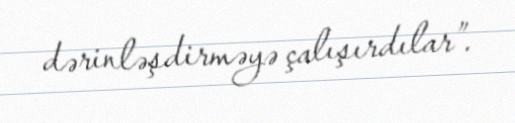
dərinləşdirməyə çalışırdılar”.